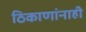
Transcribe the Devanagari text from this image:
ठिकाणांनाही